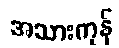
အသားကုန်